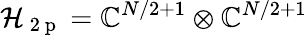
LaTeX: {\mathcal{H}_{\mathrm{~2~p~}}=\mathbb{C}^{N/2+1}\otimes\mathbb{C}^{N/2+1}}